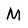
Character: M